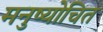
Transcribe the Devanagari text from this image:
मनुष्योचित